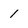
Character: 1